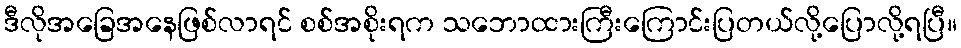
ဒီလိုအခြေအနေဖြစ်လာရင် စစ်အစိုးရက သဘောထားကြီးကြောင်းပြတယ်လို့ပြောလို့ရပြီ။